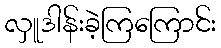
လှူဒါန်းခဲ့ကြကြောင်း